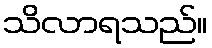
သိလာရသည်။